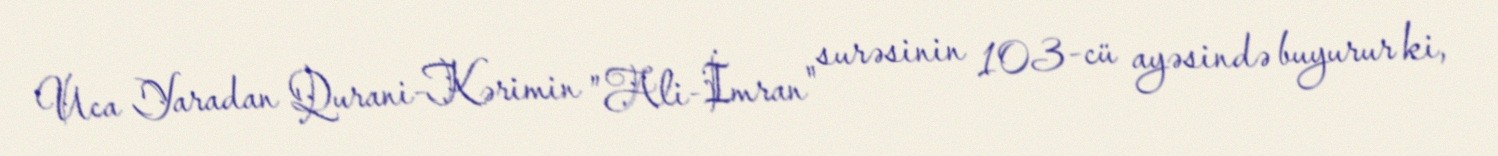
Uca Yaradan Qurani-Kərimin ”Ali-İmran" surəsinin 103-cü ayəsində buyurur ki,